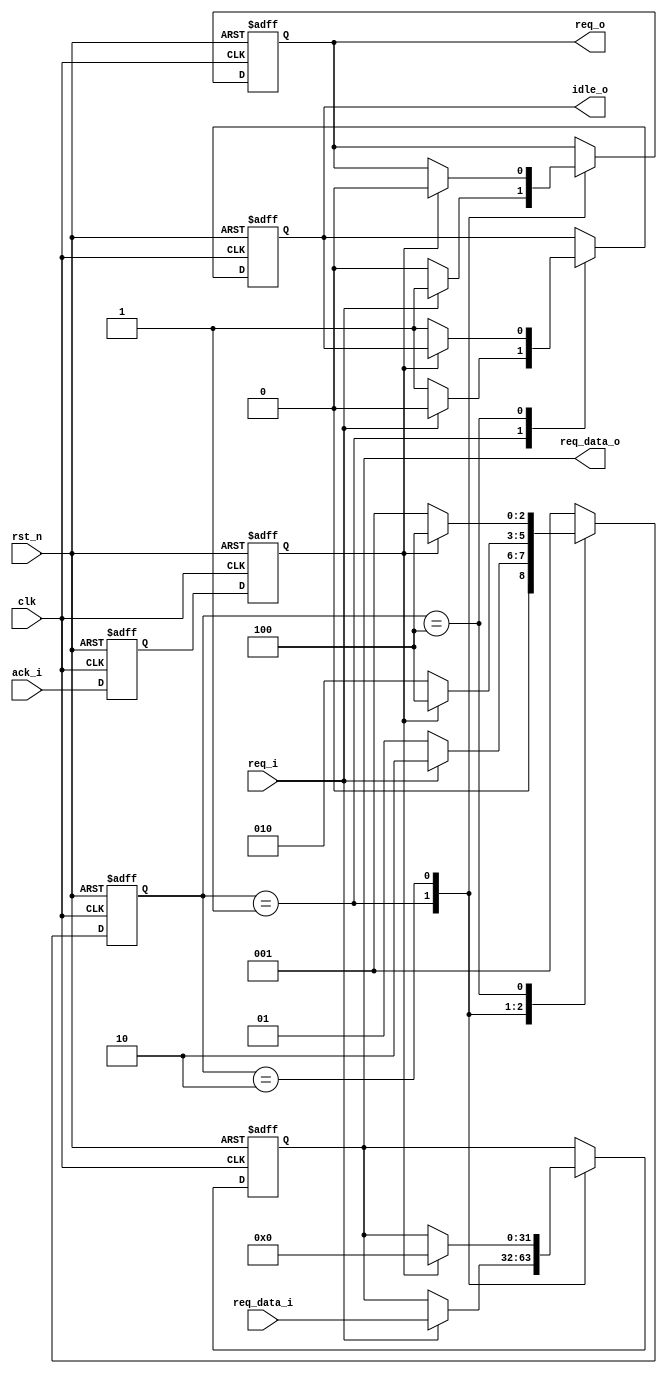
// 
// ()
// req_o = 1
// ack = 1
// req_o = 0
// ack = 0
module full_handshake_tx #(
    parameter DW = 32)(             // TX

    input wire clk,                 // TX
    input wire rst_n,               // TX

    // from rx
    input wire ack_i,               // RX

    // from tx
    input wire req_i,               // TX
    input wire[DW-1:0] req_data_i,  // TX

    // to tx
    output wire idle_o,             // TX

    // to rx
    output wire req_o,              // TX
    output wire[DW-1:0] req_data_o  // TX

    );

localparam STATE_IDLE     = 3'b001;
localparam STATE_ASSERT   = 3'b010;
localparam STATE_DEASSERT = 3'b100;

reg[2:0] state;
reg[2:0] state_next;
reg ack_d;
reg ack;
reg req;
reg[DW-1:0] req_data;
reg idle;

    always @ (posedge clk or negedge rst_n) begin
        if (!rst_n) begin
            state <= STATE_IDLE;
        end else begin
            state <= state_next;
        end
    end

    always @ (*) begin
        case (state)
            STATE_IDLE: begin
                if (req_i == 1'b1) begin
                    state_next = STATE_ASSERT;
                end else begin
                    state_next = STATE_IDLE;
                end
            end
            // ack=1
            STATE_ASSERT: begin
                if (!ack) begin
                    state_next = STATE_ASSERT;
                end else begin
                    state_next = STATE_DEASSERT;
                end
            end
            // ack=0
            STATE_DEASSERT: begin
                if (!ack) begin
                    state_next = STATE_IDLE;
                end else begin
                    state_next = STATE_DEASSERT;
                end
            end
            default: begin
                state_next = STATE_IDLE;
            end
        endcase
    end


    // 
    always @ (posedge clk or negedge rst_n) begin
        if (!rst_n) begin
            ack_d <= 1'b0;
            ack <= 1'b0;
        end else begin
            ack_d <= ack_i;
            ack <= ack_d;
        end
    end


    always @ (posedge clk or negedge rst_n) begin
        if (!rst_n) begin
            idle <= 1'b1;
            req <= 1'b0;
            req_data <= {(DW){1'b0}};
        end else begin
            case (state)
                // TXack
                STATE_IDLE: begin
                    if (req_i == 1'b1) begin
                        idle <= 1'b0;
                        req <= req_i;
                        req_data <= req_data_i;
                    end else begin
                        idle <= 1'b1;
                        req <= 1'b0;
                    end
                end
                // RXackTX
                STATE_ASSERT: begin
                    if (ack == 1'b1) begin
                        req <= 1'b0;
                        req_data <= {(DW){1'b0}};
                    end
                end
                STATE_DEASSERT: begin
                    if (!ack) begin
                        idle <= 1'b1;
                    end
                end
            endcase
        end
    end

    assign idle_o = idle;
    assign req_o = req;
    assign req_data_o = req_data;

endmodule
/*
"full_handshake_tx.v is licensed under Apache-2.0 (http://www.apache.org/licenses/LICENSE-2.0)
   by Blue Liang, liangkangnan@163.com.
*/